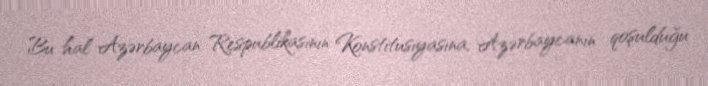
Bu hal Azərbaycan Respublikasının Konstitusiyasına, Azərbaycanın qoşulduğu